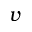
v